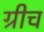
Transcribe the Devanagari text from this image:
ग्रीच